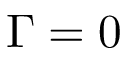
\Gamma = 0